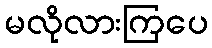
မလိုလားကြပေ